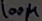
Text: 100µ